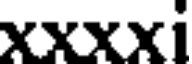
xxxxi